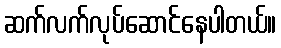
ဆက်လက်လုပ်ဆောင်နေပါတယ်။